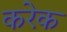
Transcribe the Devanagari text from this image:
करेक